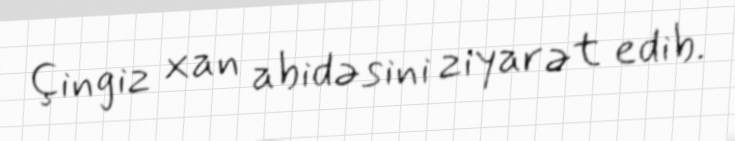
Çingiz xan abidəsini ziyarət edib.